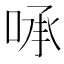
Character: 𰇻